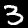
Label: 3